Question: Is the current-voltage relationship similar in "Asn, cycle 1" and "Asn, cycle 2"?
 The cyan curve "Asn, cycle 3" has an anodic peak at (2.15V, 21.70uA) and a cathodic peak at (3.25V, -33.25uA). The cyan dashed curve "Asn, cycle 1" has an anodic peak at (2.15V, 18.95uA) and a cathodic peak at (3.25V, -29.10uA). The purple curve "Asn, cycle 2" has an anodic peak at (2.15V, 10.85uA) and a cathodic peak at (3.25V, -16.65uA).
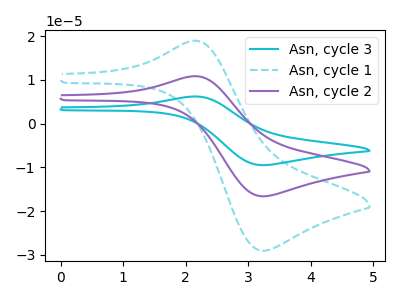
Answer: <think>All the peaks in "Asn, cycle 1" have a peak in "Asn, cycle 2" at the same potential. Every peak in "Asn, cycle 1" is higher than every peak in "Asn, cycle 2".
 </think>
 <answer>"Asn, cycle 1" and "Asn, cycle 2" are similar in shape.</answer>
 <eval>same_shape</eval>